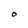
Character: O